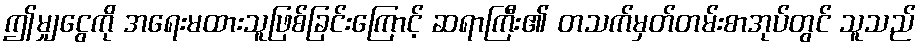
ဤမျှငွေကို အရေးမထားသူဖြစ်ခြင်းကြောင့် ဆရာကြီး၏ တသက်မှတ်တမ်းစာအုပ်တွင် သူသည်